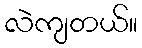
လဲကျတယ်။